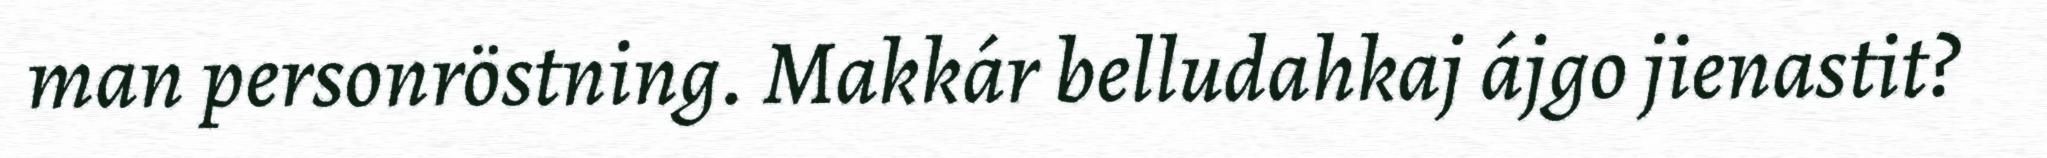
man personröstning. Makkár belludahkaj ájgo jienastit?